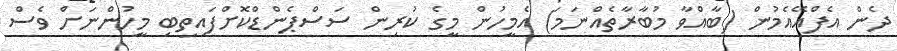
ދެން އެފްއޭއެމުން (ބާއްވާ މުބާރާތެއްނަމަ) އެމީހުން މީގެ ކުރިން ސަސްޕެންޑްކޮށްފައިތިބި މީހުންނަށް ވެސް